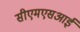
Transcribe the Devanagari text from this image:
सीएमएसआई